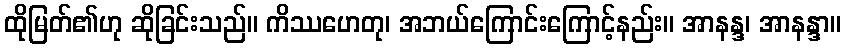
ထိုမြတ်၏ဟု ဆိုခြင်းသည်။ ကိဿဟေတု၊ အဘယ်ကြောင်းကြောင့်နည်း။ အာနန္ဒ၊ အာနန္ဒာ။